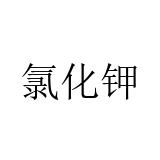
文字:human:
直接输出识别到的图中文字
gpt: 氯化钾